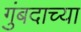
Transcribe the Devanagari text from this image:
गुंबदाच्या